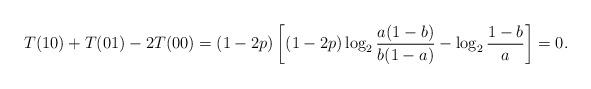
LaTeX: \begin{align*}&T(10)+T(01)-2T(00)=(1-2p)\left[(1-2p)\log_2\frac{a(1-b)}{b(1-a)}-\log_2\frac{1-b}{a}\right]=0.\end{align*}